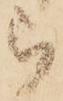
被